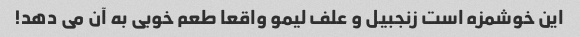
این خوشمزه است زنجبیل و علف لیمو واقعا طعم خوبی به آن می دهد!